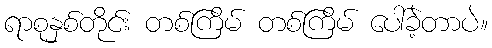
ရာစုနှစ်တိုင်း တစ်ကြိမ် တစ်ကြိမ် ပေါ်ခဲ့တာပဲ။